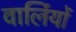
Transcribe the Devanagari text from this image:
वार्लियों